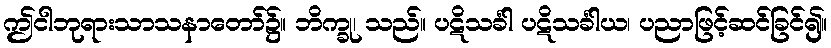
ဤငါဘုရားသာသနာတော်၌။ ဘိက္ခု၊ သည်။ ပဋိသင်္ခါ ပဋိသင်္ခါယ၊ ပညာဖြင့်ဆင်ခြင်၍။